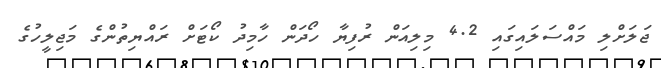
ޖަލަށްލި މައްސަލައިގައި 4.2 މިލިއަން ރުފިޔާ ހޯދަން ހާމިދު ކޯޓަށް ރައްޔިތުންގެ މަޖިލީހުގެ